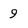
Character: 9